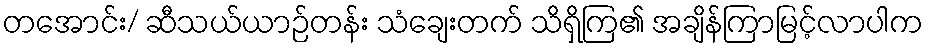
တအောင်း/ ဆီသယ်ယာဉ်တန်း သံချေးတက် သိရှိကြ၏ အချိန်ကြာမြင့်လာပါက